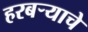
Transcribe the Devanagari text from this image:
हरबऱ्याचे